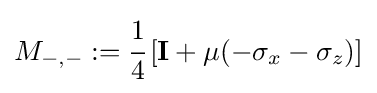
M_{-,-}:={\cfrac {1}{4}}\left[\mathbf {I} +\mu (-\sigma _{x}-\sigma _{z})\right]